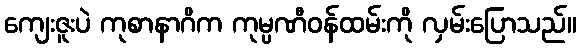
ကျေးဇူးပဲ ကုစာနာဂိက ကုမ္ပဏီဝန်ထမ်းကို လှမ်းပြောသည်။